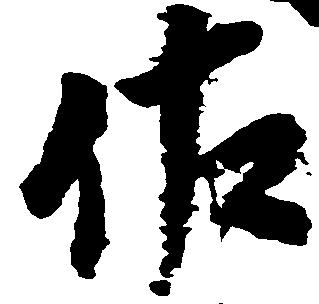
佐